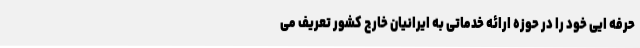
حرفه ایی خود را در حوزه ارائه خدماتی به ایرانیان خارج کشور تعریف می